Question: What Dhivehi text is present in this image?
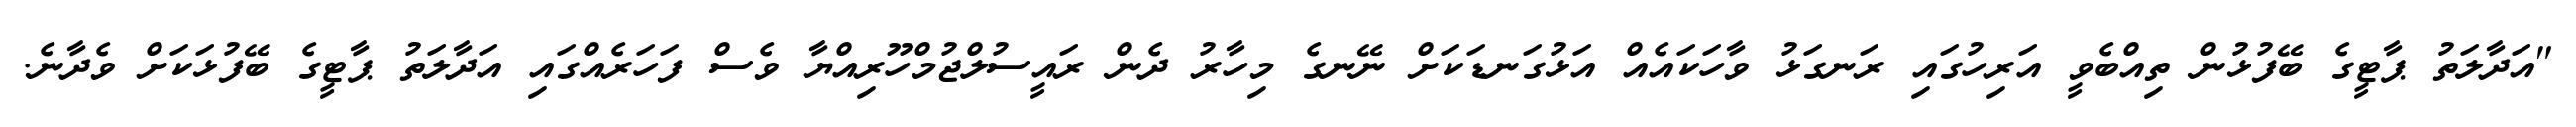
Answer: "އަދާލަތު ޕާޓީގެ ބޭފުޅުން ތިއްބެވީ އަރިހުގައި ރަނގަޅު ވާހަކައެއް އަޅުގަނޑަކަށް ނޭނގެ މިހާރު ދެން ރައީސުލްޖުމްހޫރިއްޔާ ވެސް ފަހަރެއްގައި އަދާލަތު ޕާޓީގެ ބޭފުޅަކަށް ވެދާނެ.